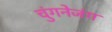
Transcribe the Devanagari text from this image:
चुंगनेजंग